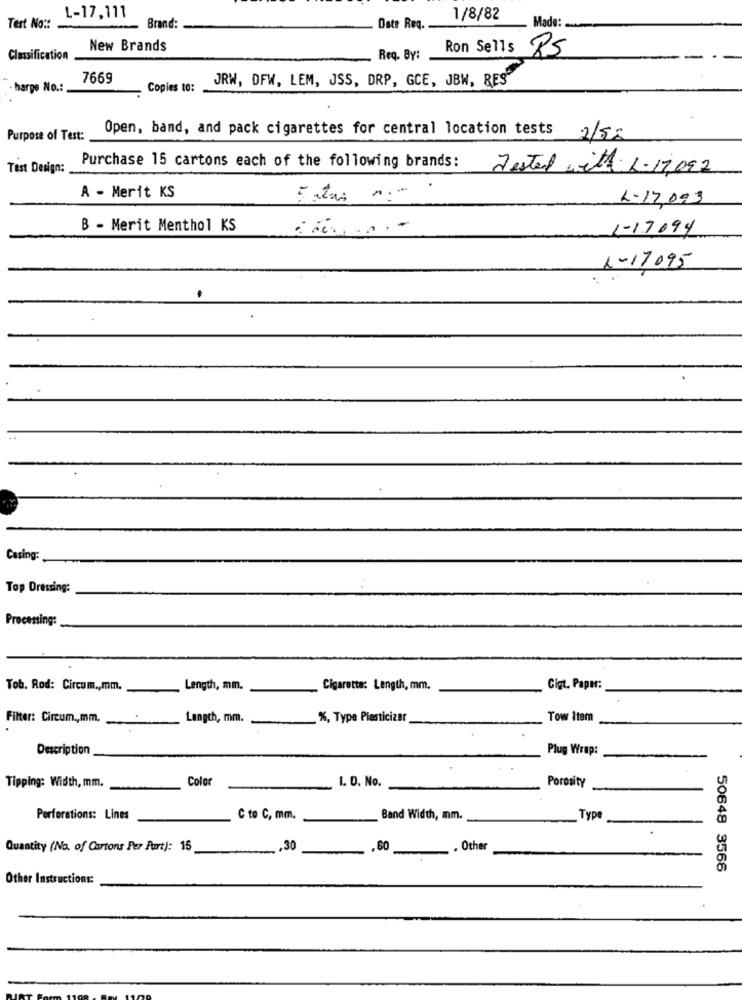
L-17,111
1/8/82
Test No ::
Brand:
Date Req. .
Made:
New Brands
Ron Sells
Classification
Req. BY:
RS
7669
JRW, DFW, LEM, JSS, DRP, GCE, JBW, RES"
· harge No .:
Copies to:
Open, band, and pack cigarettes for central location tests
Purpose of Test:
2/5:
Test Design:
Purchase 15 cartons each of the following brands: Jestedwith L-17092
A - Merit KS
L-17,093
B - Merit Menthol KS
1-1.7094
1-17095
Casing:
Top Dressing:
Processing:
Tob. Rod: Circum ., mm.
Length, mm.
Cigarette: Length, mm.
Cigt. Paper:
Filter: Circum ., mm.
Length, mm.
%, Type Plasticizer
Tow Item
Description
Plug Wrap:
Color
1. O. No.
Porosity
Tipping: Width, mm.
Perforations: Lines
C to C, mm.
Band Width, mm.
Typ
Quantity (No. of Cartons Per Part): 15
-
,60
-Other
50648 3566
Other Instructions: